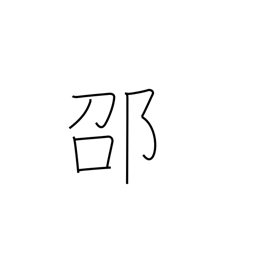
Meaning: place name